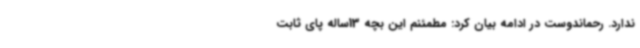
ندارد. رحماندوست در ادامه بیان کرد: مطمئنم این بچه 13ساله پای ثابت